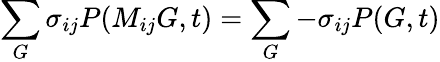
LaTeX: \sum_{G}\sigma_{ij}P(M_{ij}G,t)=\sum_{G}-\sigma_{ij}P(G,t)